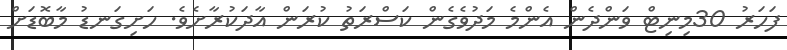
ފަހަރު 30މިނިޓް ވަންދެން އެންމެ މަދުވެގެން ކަސްރަތު ކުރަން އާދަކުރާށެވެ. ހަށިގަނޑު މާބޮޑަށް